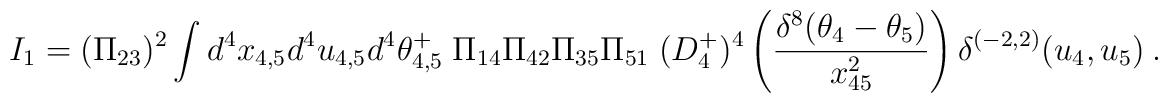
I_1 = (\Pi_{23})^2 \int d^4x_{4,5}d^4u_{4,5}d^4\theta^+_{4,5}\;   \Pi_{14} \Pi_{42}\Pi_{35}\Pi_{51}\;  (D^+_4)^4\left({\delta^8(\theta_4-\theta_5)\over x^2_{45}} \right)   \delta^{(-2,2)}(u_4,u_5) \ .